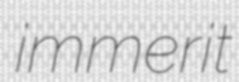
immerit